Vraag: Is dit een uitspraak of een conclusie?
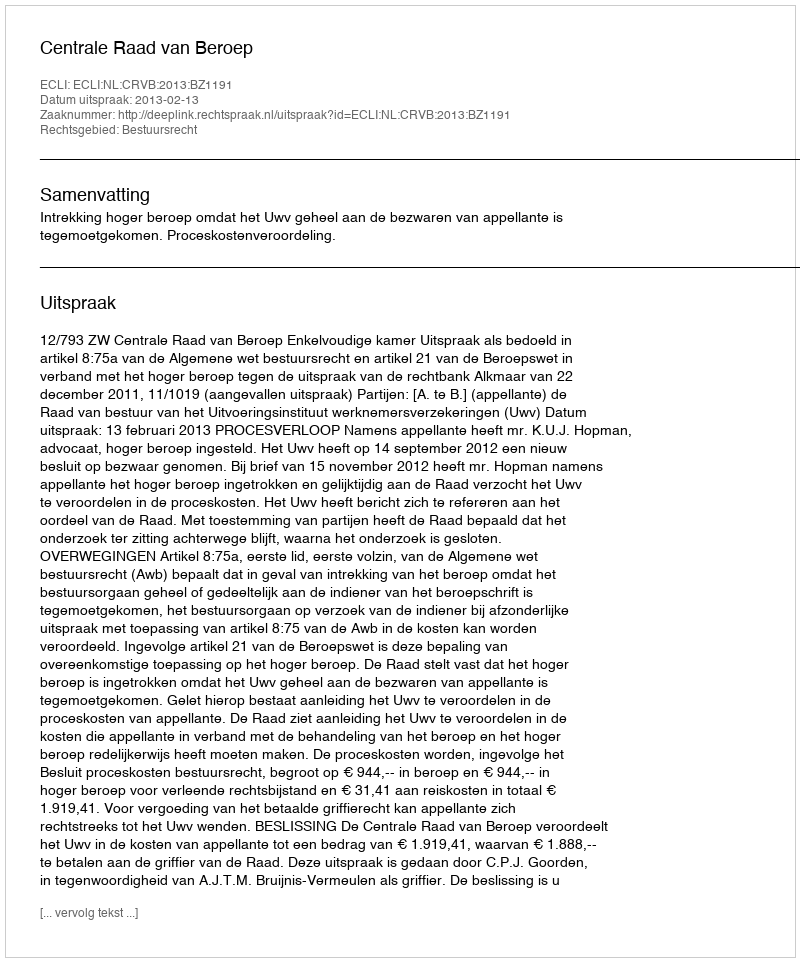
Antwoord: Uitspraak